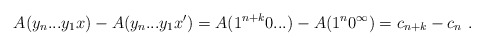
\begin{align*}A(y_n...y_1x) - A(y_n...y_1x') = A(1^{n+k}0...) - A(1^n0^\infty) = c_{n+k} - c_n \ . \end{align*}